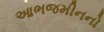
આભજમીનનો